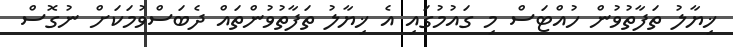
ޚިޔާލު ތަފާތުވުންް ހުއްޓަސް މި ގައުމުގައި އެ ޚިޔާލު ތަފާތުވުންްތައް ދެބަސްވުމަކަށް ނުގޮސް